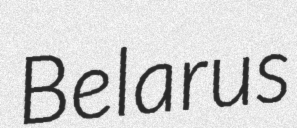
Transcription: Belarus